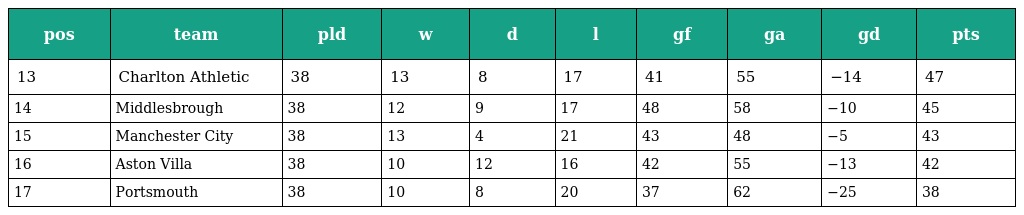
| pos | team | pld | w | d | l | gf | ga | gd | pts |
 | --- | --- | --- | --- | --- | --- | --- | --- | --- | --- |
 | 13 | Charlton Athletic | 38 | 13 | 8 | 17 | 41 | 55 | −14 | 47 |
 | 14 | Middlesbrough | 38 | 12 | 9 | 17 | 48 | 58 | −10 | 45 |
 | 15 | Manchester City | 38 | 13 | 4 | 21 | 43 | 48 | −5 | 43 |
 | 16 | Aston Villa | 38 | 10 | 12 | 16 | 42 | 55 | −13 | 42 |
 | 17 | Portsmouth | 38 | 10 | 8 | 20 | 37 | 62 | −25 | 38 |